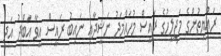
ރައްޔިތުންގެ މަޖިލީހުގެ ރައީސް މުހައްމަދު ނަޝީދާއި ނައިބު ރައީސް އީވާ އަބްދު އަދި